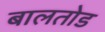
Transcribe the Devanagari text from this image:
बालतोड